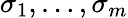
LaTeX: \sigma_{1},\ldots,\sigma_{m}